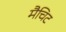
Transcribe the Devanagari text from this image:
मैचिट